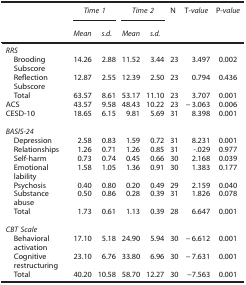
<table><thead><tr><td><b> </b></td><td colspan="2"><b><i>Time 1</i></b></td><td colspan="2"><b><i>Time 2</i></b></td><td><b>N</b></td><td><b>T-<i>value</i></b></td><td><b>P-<i>value</i></b></td></tr><tr><td><b> </b></td><td><b><i>Mean</i></b></td><td><b><i>s.d.</i></b></td><td><b><i>Mean</i></b></td><td><b><i>s.d.</i></b></td><td><b> </b></td><td><b> </b></td><td><b> </b></td></tr></thead><tbody><tr><td colspan="8"><i>RRS</i></td></tr><tr><td> Brooding Subscore</td><td>14.26</td><td>2.88</td><td>11.52</td><td>3.44</td><td>23</td><td>3.497</td><td>0.002</td></tr><tr><td> Reflection Subscore</td><td>12.87</td><td>2.55</td><td>12.39</td><td>2.50</td><td>23</td><td>0.794</td><td>0.436</td></tr><tr><td> Total</td><td>63.57</td><td>8.61</td><td>53.17</td><td>11.10</td><td>23</td><td>3.707</td><td>0.001</td></tr><tr><td>ACS</td><td>43.57</td><td>9.58</td><td>48.43</td><td>10.22</td><td>23</td><td>−3.063</td><td>0.006</td></tr><tr><td>CESD-10</td><td>18.65</td><td>6.15</td><td>9.81</td><td>5.69</td><td>31</td><td>8.398</td><td>0.001</td></tr><tr><td> </td><td> </td><td> </td><td> </td><td> </td><td> </td><td> </td><td> </td></tr><tr><td colspan="8"><i>BASIS-24</i></td></tr><tr><td> Depression</td><td>2.58</td><td>0.83</td><td>1.59</td><td>0.72</td><td>31</td><td>8.231</td><td>0.001</td></tr><tr><td> Relationships</td><td>1.26</td><td>0.71</td><td>1.26</td><td>0.85</td><td>31</td><td>-.029</td><td>0.977</td></tr><tr><td> Self-harm</td><td>0.73</td><td>0.74</td><td>0.45</td><td>0.66</td><td>30</td><td>2.168</td><td>0.039</td></tr><tr><td> Emotional lability</td><td>1.58</td><td>1.05</td><td>1.36</td><td>0.91</td><td>30</td><td>1.383</td><td>0.177</td></tr><tr><td> Psychosis</td><td>0.40</td><td>0.80</td><td>0.20</td><td>0.49</td><td>29</td><td>2.159</td><td>0.040</td></tr><tr><td> Substance abuse</td><td>0.50</td><td>0.86</td><td>0.28</td><td>0.39</td><td>31</td><td>1.826</td><td>0.078</td></tr><tr><td> Total</td><td>1.73</td><td>0.61</td><td>1.13</td><td>0.39</td><td>28</td><td>6.647</td><td>0.001</td></tr><tr><td> </td><td> </td><td> </td><td> </td><td> </td><td> </td><td> </td><td> </td></tr><tr><td colspan="8"><i>CBT Scale</i></td></tr><tr><td> Behavioral activation</td><td>17.10</td><td>5.18</td><td>24.90</td><td>5.94</td><td>30</td><td>−6.612</td><td>0.001</td></tr><tr><td> Cognitive restructuring</td><td>23.10</td><td>6.76</td><td>33.80</td><td>6.96</td><td>30</td><td>−7.631</td><td>0.001</td></tr><tr><td> Total</td><td>40.20</td><td>10.58</td><td>58.70</td><td>12.27</td><td>30</td><td>−7.563</td><td>0.001</td></tr></tbody></table>